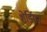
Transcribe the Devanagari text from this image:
शेर्डियन